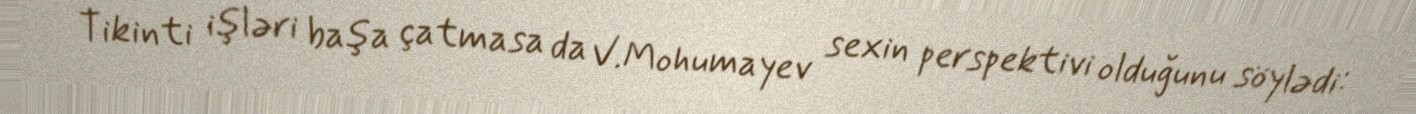
Tikinti işləri başa çatmasa da V.Mohumayev sexin perspektivi olduğunu söylədi: